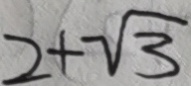
2 + \sqrt { 3 }